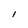
Character: I